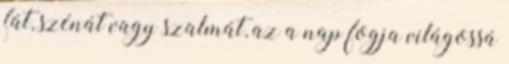
fát, szénát vagy szalmát, az a nap fogja világossá